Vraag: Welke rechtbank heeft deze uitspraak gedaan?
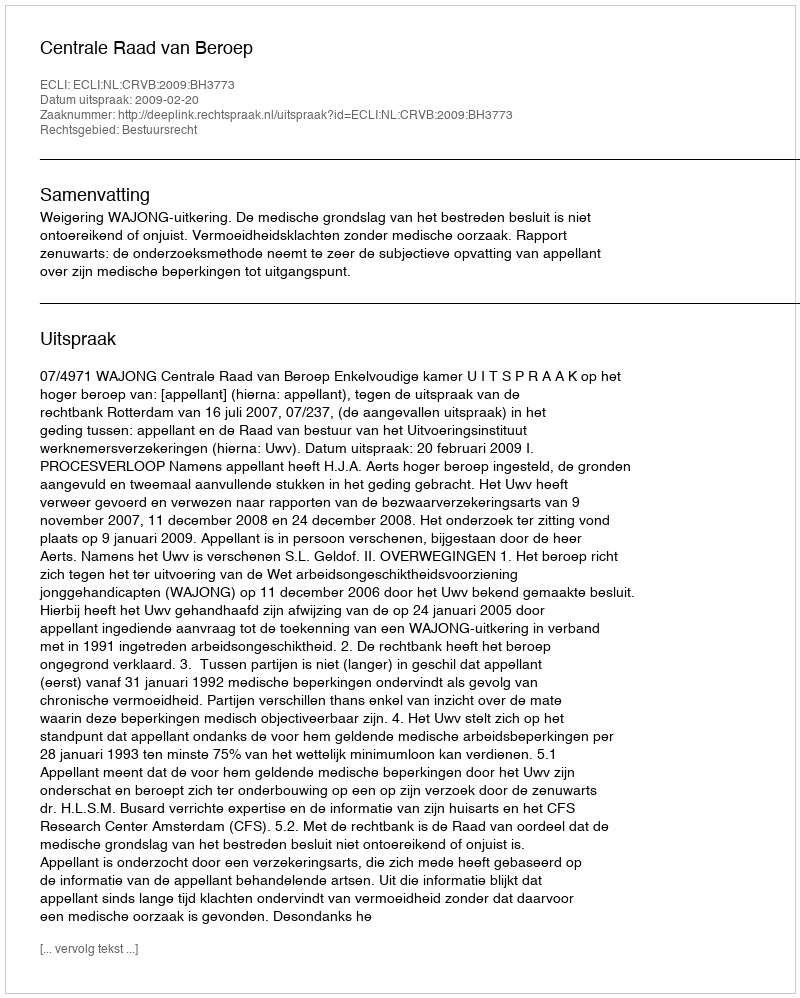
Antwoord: Centrale Raad van Beroep